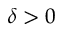
\delta > 0